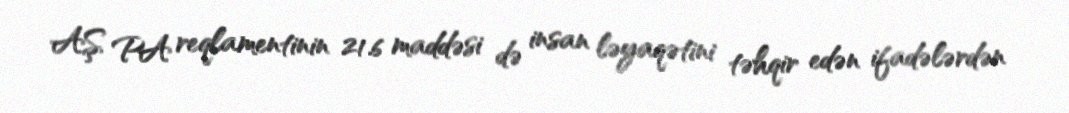
AŞ PA reqlamentinin 21.6 maddəsi də insan ləyaqətini təhqir edən ifadələrdən